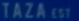
TAZAIST